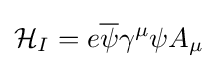
{\mathcal {H}}_{I}=e{\overline {\psi }}\gamma ^{\mu }\psi A_{\mu }